Vaccination in Bombay 1874-1876 - 1874-1876
Year: 1874
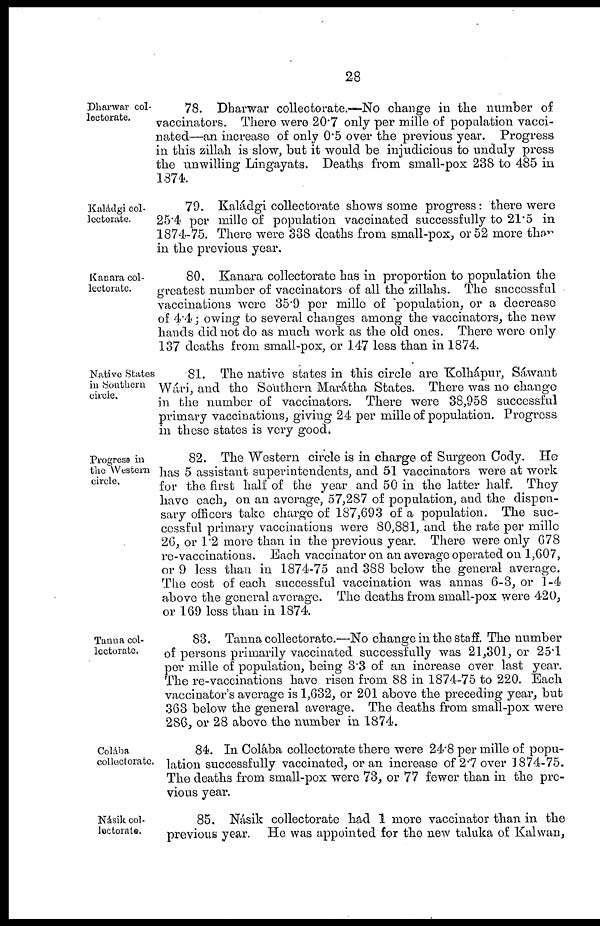
28
Dharwar col¬
lectorate.
78. Dharwar collectorate.—No change in the number of
vaccinators. There were 20.7 only per mille of population vacci-
nated—an increase of only 0.5 over the previous year. Progress
in this zillah is slow, but it would be injudicious to unduly press
the unwilling Lingayats. Deaths from small-pox 238 to 485 in
1874.
Kahádgi col-
lectorate.
79. Kaládgi collectorate shows some progress: there were
25.4 per mille of population vaccinated successfully to 21.5 in
1874-75. There were 338 deaths from small-pox, or 52 more than
in the previous year.
Kanara col-
lectorate.
80. Kanara collectorate has in proportion to population the
greatest number of vaccinators of all the zillahs. The successful
vaccinations were 35.9 per mille of population, or a decrease
of 4.4 ; owing to several changes among the vaccinators, the new
hands did not do as much work as the old ones. There were only
137 deaths from small-pox, or 147 less than in 1874.
Native States
in Southern
circle.
81. The native states in this circle are Kolhápur, Sáwant
Wári, and the Southern Marátha States. There was no change
in the number of vaccinators. There were 38,958 successful
primary vaccinations, giving 24 per mille of population. Progress
in these states is very good.
Progress in
the Western
circle.
82. The Western circle is in charge of Surgeon Cody. He
has 5 assistant superintendents, and 51 vaccinators were at work
for the first half of the year and 50 in the latter half. They
have each, on an average, 57,287 of population, and the dispen-
sary officers take charge of 187,693 of a population. The suc-
cessful primary vaccinations were 80,881, and the rate per mille
26, or 1.2 more than in the previous year. There were only 678
re-vaccinations. Each vaccinator on an average operated on 1,607,
or 9 less than in 1874-75 and 388 below the general average.
The cost of each successful vaccination was annas 6-3, or 1-4
above the general average. The deaths from small-pox were 420,
or 169 less than in 1874.
Tanna col-
lectorate.
83. Tanna collectorate.—No change in the staff. The number
of persons primarily vaccinated successfully was 21,301, or 25.1
per mille of population, being 3.3 of an increase over last year.
The re-vaccinations have risen from 88 in 1874-75 to 220. Each
vaccinator's average is 1,632, or 201 above the preceding year, but
363 below the general average. The deaths from small-pox were
286, or 28 above the number in 1874.
Colába
collectorate.
84. In Colába collectorate there were 24.8 per mille of popu-
lation successfully vaccinated, or an increase of 2.7 over 1874-75.
The deaths from small-pox were 73, or 77 fewer than in the pre-
vious year.
Násik col-
lectorate.
85. Násik collectorate had 1 more vaccinator than in the
previous year. He was appointed for the new taluka of Kalwan,